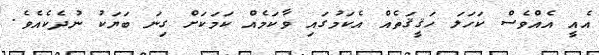
އެއީ އެއްވެސް ކަހަލަ ހަޤީޤަތެއް އެކަމުގައި ވާކަމެއް ކަމަކަށް ގިނަ ބަޔަކު ނުދެކެއެވެ.